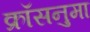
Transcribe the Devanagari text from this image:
क्रॉसनुमा